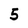
Character: 5